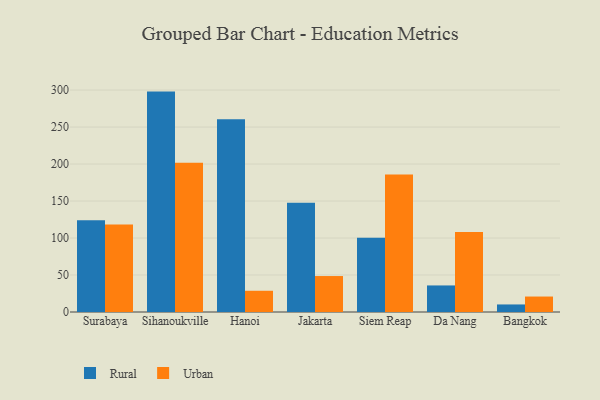
{"axis": {"x": "City", "y": "LTV (USD)"}, "legend": ["Rural", "Urban"], "data": [{"x": "Surabaya", "y": 124.1, "type": "Rural"}, {"x": "Surabaya", "y": 118.1, "type": "Urban"}, {"x": "Sihanoukville", "y": 297.9, "type": "Rural"}, {"x": "Sihanoukville", "y": 201.8, "type": "Urban"}, {"x": "Hanoi", "y": 260.4, "type": "Rural"}, {"x": "Hanoi", "y": 28.7, "type": "Urban"}, {"x": "Jakarta", "y": 147.5, "type": "Rural"}, {"x": "Jakarta", "y": 48.6, "type": "Urban"}, {"x": "Siem Reap", "y": 100.4, "type": "Rural"}, {"x": "Siem Reap", "y": 185.9, "type": "Urban"}, {"x": "Da Nang", "y": 35.9, "type": "Rural"}, {"x": "Da Nang", "y": 108.0, "type": "Urban"}, {"x": "Bangkok", "y": 10.2, "type": "Rural"}, {"x": "Bangkok", "y": 20.9, "type": "Urban"}]}